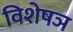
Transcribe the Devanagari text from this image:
विशेषञ